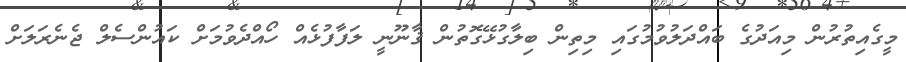
މީގެއިތުރުން މިއަދުގެ ބައްދަލުވުމުގައި މިތިން ބިލާގުޅޭގޮތުން ޤާނޫނީ ލަފާފުޅެއް ހޯއްދެވުމަށް ކައުންސެލް ޖެނެރަލަށް